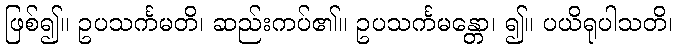
ဖြစ်၍။ ဥပသင်္ကမတိ၊ ဆည်းကပ်၏။ ဥပသင်္ကမန္တော၊ ၍။ ပယိရုပါသတိ၊